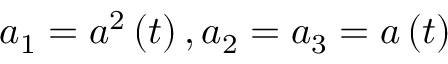
a _ { 1 } = a ^ { 2 } \left( t \right) , a _ { 2 } = a _ { 3 } = a \left( t \right)